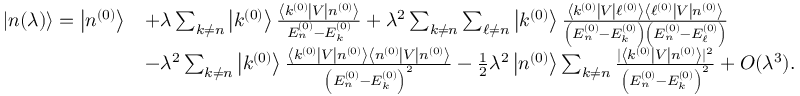
{ \begin{array} { r l } { | n ( \lambda ) \rangle = \left| n ^ { ( 0 ) } \right\rangle } & { + \lambda \sum _ { k \neq n } \left| k ^ { ( 0 ) } \right\rangle { \frac { \left\langle k ^ { ( 0 ) } \right| V \left| n ^ { ( 0 ) } \right\rangle } { E _ { n } ^ { ( 0 ) } - E _ { k } ^ { ( 0 ) } } } + \lambda ^ { 2 } \sum _ { k \neq n } \sum _ { \ell \neq n } \left| k ^ { ( 0 ) } \right\rangle { \frac { \left\langle k ^ { ( 0 ) } \right| V \left| \ell ^ { ( 0 ) } \right\rangle \left\langle \ell ^ { ( 0 ) } \right| V \left| n ^ { ( 0 ) } \right\rangle } { \left( E _ { n } ^ { ( 0 ) } - E _ { k } ^ { ( 0 ) } \right) \left( E _ { n } ^ { ( 0 ) } - E _ { \ell } ^ { ( 0 ) } \right) } } } \\ & { - \lambda ^ { 2 } \sum _ { k \neq n } \left| k ^ { ( 0 ) } \right\rangle { \frac { \left\langle k ^ { ( 0 ) } \right| V \left| n ^ { ( 0 ) } \right\rangle \left\langle n ^ { ( 0 ) } \right| V \left| n ^ { ( 0 ) } \right\rangle } { \left( E _ { n } ^ { ( 0 ) } - E _ { k } ^ { ( 0 ) } \right) ^ { 2 } } } - { \frac { 1 } { 2 } } \lambda ^ { 2 } \left| n ^ { ( 0 ) } \right\rangle \sum _ { k \neq n } { \frac { | \left\langle k ^ { ( 0 ) } \right| V \left| n ^ { ( 0 ) } \right\rangle | ^ { 2 } } { \left( E _ { n } ^ { ( 0 ) } - E _ { k } ^ { ( 0 ) } \right) ^ { 2 } } } + O ( \lambda ^ { 3 } ) . } \end{array} }